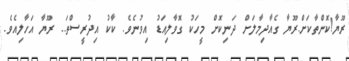
ރޫޔާ!ކޮންތާކަށް.ރޫޔާ ގެއާދިމާލަށް ދަނިކޮށް މީހަކު ގޮވާލިއަޑު އިވުނެވެ. ކާކު އިދުރީސްތަ.. ރޫޔާ އަހާލިއެވެ.